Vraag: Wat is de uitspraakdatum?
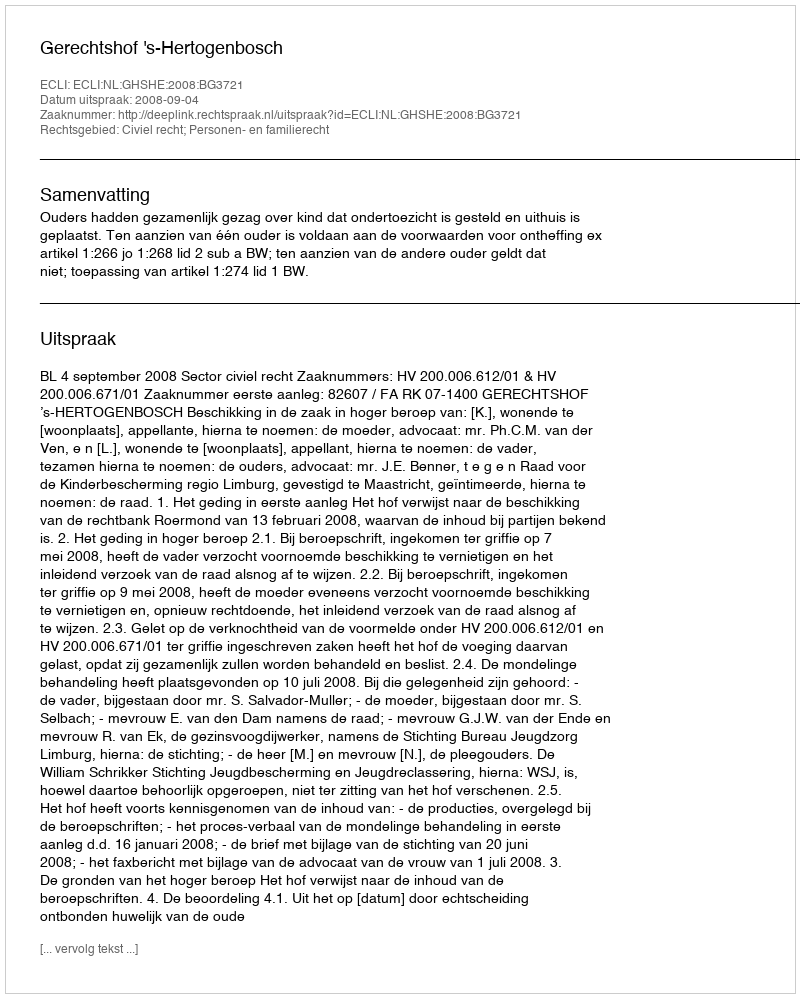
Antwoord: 2008-09-04